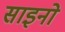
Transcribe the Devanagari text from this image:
साइनो